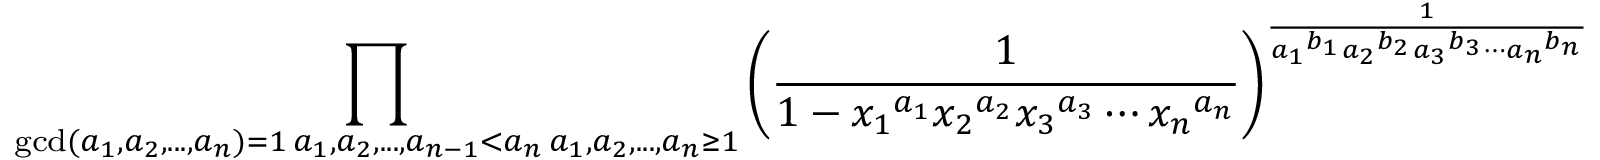
\prod _ { \substack { \operatorname* { g c d } ( a _ { 1 } , a _ { 2 } , . . . , a _ { n } ) = 1 \, a _ { 1 } , a _ { 2 } , . . . , a _ { n - 1 } < a _ { n } \, a _ { 1 } , a _ { 2 } , . . . , a _ { n } \geq 1 } } \left( \frac { 1 } { 1 - { x _ { 1 } } ^ { a _ { 1 } } { x _ { 2 } } ^ { a _ { 2 } } { x _ { 3 } } ^ { a _ { 3 } } \cdots { x _ { n } } ^ { a _ { n } } } \right) ^ { \frac { 1 } { { a _ { 1 } } ^ { b _ { 1 } } { a _ { 2 } } ^ { b _ { 2 } } { a _ { 3 } } ^ { b _ { 3 } } \cdots { a _ { n } } ^ { b _ { n } } } }